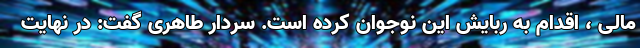
مالی ، اقدام به ربایش این نوجوان کرده است. سردار طاهری گفت: در نهایت